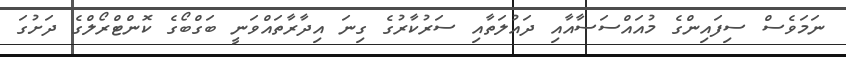
ނަމަވެސް ސިފައިންގެ މުއައްސަސާއާއި ދައުލަތާއި ސަރުކާރުގެ ގިނަ އިދާރާތައްވަނީ ބަގްބޯގެ ކޮންޓްރޯލްގެ ދަށުގަ